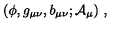
( \phi , g _ { \mu \nu } , b _ { \mu \nu } ; { \cal A } _ { \mu } ) \ ,